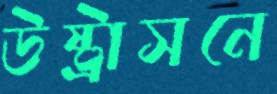
উষ্ট্রাসনে